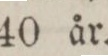
40 år.